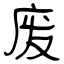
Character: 废